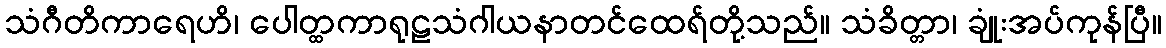
သံဂီတိကာရေဟိ၊ ပေါတ္ထကာရုဠသံဂါယနာတင်ထေရ်တို့သည်။ သံခိတ္တာ၊ ချုံးအပ်ကုန်ပြီ။